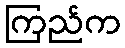
ကြည်က